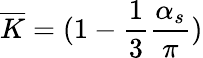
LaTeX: \overline{{{K}}}=(1-\frac{1}{3}\frac{\alpha_{s}}{\pi})